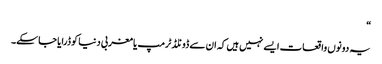
“
یہ دونوں واقعات ایسے نہیں ہیں کہ ان سے ڈونلڈ ٹرمپ یا مغربی دنیا کو ڈرایا جا سکے۔